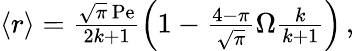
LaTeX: \begin{array}{r}{\left\langle r\right\rangle=\frac{\sqrt{\pi}\, \mathrm{Pe}}{2k+1}\left(1-\frac{4-\pi}{\sqrt{\pi}}\Omega\frac{k}{k+1}\right)\, ,}\end{array}